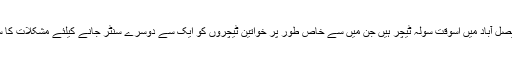
اسطرح فیصل آباد میں اسوقت سولہ ٹیچر ہیں جن میں سے خاص طور پر خواتین ٹیچروں کو ایک سے دوسرے سنٹر جانے کیلئے مشکلات کا سامنا تھا ۔